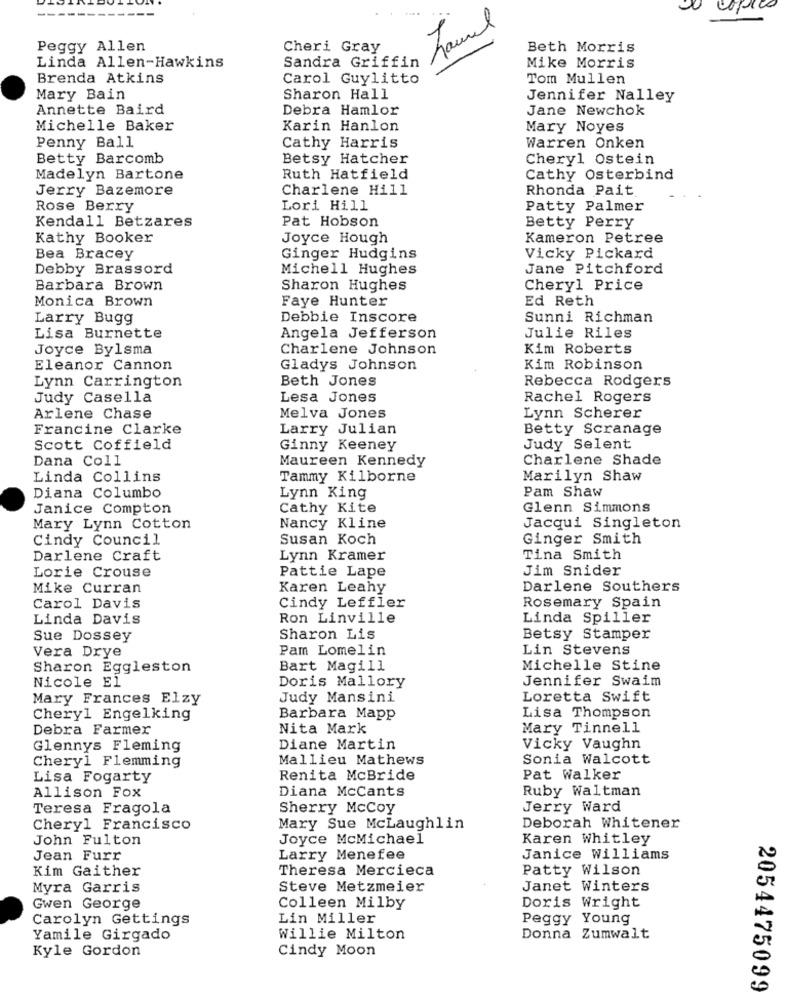
Laurel
Peggy Allen
Cheri Gray
Beth Morris
Linda Allen-Hawkins
Sandra Griffin
Mike Morris
Brenda Atkins
Carol Guylitto
Tom Mullen
Mary Bain
Sharon Hall
Jennifer Nalley
Annette Baird
Debra Hamlor
Jane Newchok
Michelle Baker
Karin Hanlon
Mary Noyes
Penny Ball
Cathy Harris
Warren Onken
Betty Barcomb
Betsy Hatcher
Cheryl Ostein
Madelyn Bartone
Ruth Hatfield
Cathy Osterbind
Jerry Bazemore
Charlene Hill
Rhonda Pait
Rose Berry
Lori Hill
Patty Palmer
Kendall Betzares
Pat Hobson
Betty Perry
Kathy Booker
Joyce Hough
Kameron Petree
Bea Bracey
Ginger Hudgins
Vicky Pickard
Debby Brassord
Michell Hughes
Jane Pitchford
Barbara Brown
Sharon Hughes
Cheryl Price
Monica Brown
Faye Hunter
Ed Reth
Larry Bugg
Debbie Inscore
Sunni Richman
Lisa Burnette
Angela Jefferson
Julie Riles
Joyce Bylsma
Charlene Johnson
Kim Roberts
Eleanor Cannon
Gladys Johnson
Kim Robinson
Beth Jones
Rebecca Rodgers
Lynn Carrington
Judy Casella
Lesa Jones
Rachel Rogers
Arlene Chase
Melva Jones
Lynn Scherer
Francine Clarke
Larry Julian
Betty Scranage
Scott Coffield
Ginny Keeney
Judy Selent
Dana Coll
Maureen Kennedy
Charlene Shade
Linda Collins
Tammy Kilborne
Marilyn Shaw
Pam Shaw
Diana Columbo
Lynn King
Janice Compton
Cathy Kite
Glenn Simmons
Mary Lynn Cotton
Nancy Kline
Jacqui Singleton
Cindy Council
Susan Koch
Ginger Smith
Darlene Craft
Lynn Kramer
Tina Smith
Lorie Crouse
Jim Snider
Pattie Lape
Mike Curran
Karen Leahy
Darlene Southers
Rosemary Spain
Carol Davis
Cindy Leffler
Linda Davis
Ron Linville
Linda Spiller
Sue Dossey
Sharon Lis
Betsy Stamper
Vera Drye
Pam Lomelin
Lin Stevens
Sharon Eggleston
Bart Magill
Michelle Stine
Nicole El
Jennifer Swaim
Doris Mallory
Mary Frances Elzy
Judy Mansini
Loretta Swift
Cheryl Engelking
Barbara Mapp
Lisa Thompson
Debra Farmer
Nita Mark
Mary Tinnell
Glennys Fleming
Diane Martin
Vicky Vaughn
Cheryl Flemming
Mallieu Mathews
Sonia Walcott
Lisa Fogarty
Renita McBride
Pat Walker
Diana McCants
Ruby Waltman
Allison Fox
Teresa Fragola
Sherry McCoy
Jerry Ward
Cheryl Francisco
Mary Sue McLaughlin
Deborah Whitener
John Fulton
Joyce McMichael
Karen Whitley
Jean Furr
Larry Menefee
Janice Williams
Kim Gaither
Theresa Mercieca
Patty Wilson
Myra Garris
Steve Metzmeier
Janet Winters
Gwen George
Colleen Milby
Doris Wright
Carolyn Gettings
Lin Miller
Peggy Young
Yamile Girgado
Willie Milton
Donna Zumwalt
Kyle Gordon
Cindy Moon
2054475099